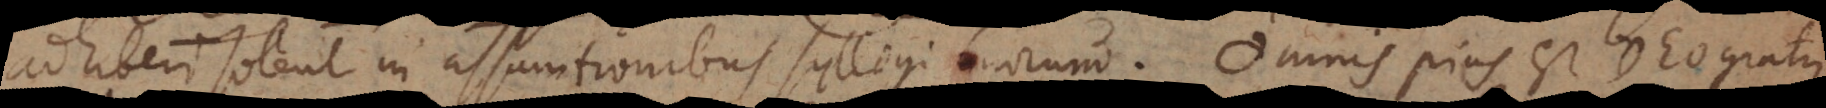
adhiberi solent in assumtionibus syllogismorum. Omnis pius est Deo gratus.